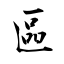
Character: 區